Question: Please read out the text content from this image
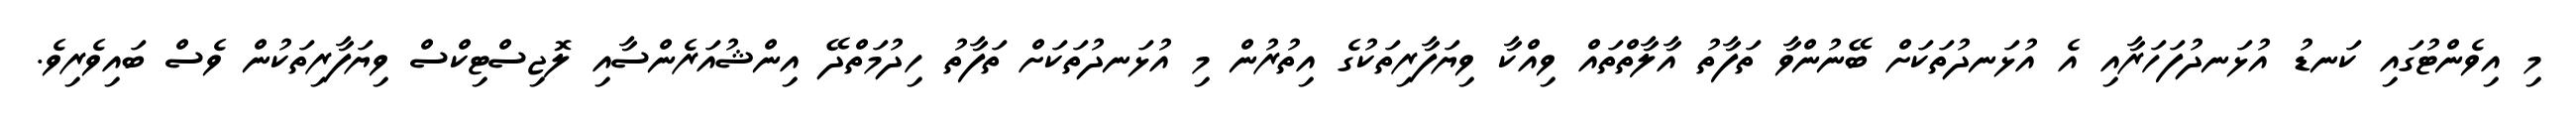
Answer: މި އިވެންޓުގައި ކަނޑު އުޅަނދުފަހަރާއި އެ އުޅަނދުތަކަށް ބޭނުންވާ ތަފާތު އާލާތްތައް ވިއްކާ ވިޔަފާރިތަކުގެ އިތުރުން މި އުޅަނދުތަކަށް ތަފާތު ހިދުމަތްދޭ އިންޝުއަރެންސާއި ލޮޖިސްޓިކްސް ވިޔަފާރިތަކުން ވެސް ބައިވެރިވެ.